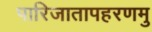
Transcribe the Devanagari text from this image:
पारिजातापहरणमु